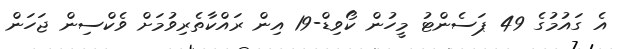
އެ ގައުމުގެ 49 ޕަސެންޓު މީހުން ކޯވިޑް-19 އިން ރައްކާތެރިވުމަށް ވެކްސިން ޖަހަން